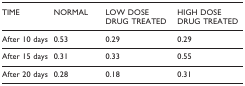
<table><thead><tr><td><b>TIME</b></td><td><b>NORMAL</b></td><td><b>LOW DOSE DRUG TREATED</b></td><td><b>HIGH DOSE DRUG TREATED</b></td></tr></thead><tbody><tr><td>After 10 days</td><td>0.53</td><td>0.29</td><td>0.29</td></tr><tr><td>After 15 days</td><td>0.31</td><td>0.33</td><td>0.55</td></tr><tr><td>After 20 days</td><td>0.28</td><td>0.18</td><td>0.31</td></tr></tbody></table>